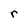
Character: r